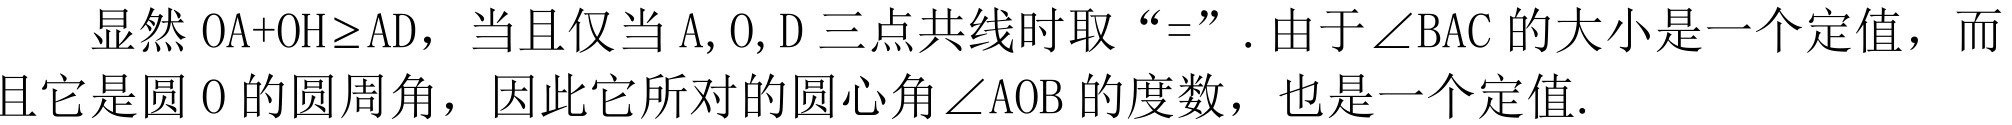
显然 \(OA + OH\geq AD\)，当且仅当 \(A,O,D\) 三点共线时取“\(=\)”。由于 \(\angle BAC\) 的大小是一个定值，而且它是圆 \(O\) 的圆周角，因此它所对的圆心角 \(\angle AOB\) 的度数，也是一个定值。